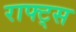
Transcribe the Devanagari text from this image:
राफ्ट्स